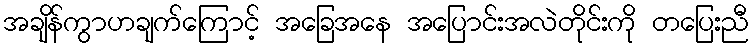
အချိန်ကွာဟချက်ကြောင့် အခြေအနေ အပြောင်းအလဲတိုင်းကို တပြေးညီ